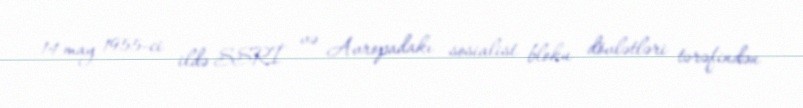
14 may 1955-ci ildə SSRİ və Avropadakı sosialist bloku dövlətləri tərəfindən